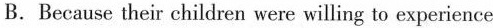
B.Because their children were willing to experience